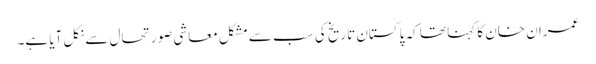
عمران خان کا کہنا تھا کہ پاکستان تاریخ کی سب سے مشکل معاشی صورتحال سے نکل آیا ہے۔